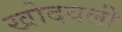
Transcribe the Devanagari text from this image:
खोदवली